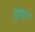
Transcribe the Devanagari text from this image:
प्रिएटर